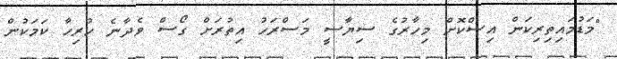
"މަޑުމައިތިރިކަން އިސްކޮށް މިހާރުގެ ސިޔާސީ މަސްރަހު އިތުރަށް ގޯސް ވެދާނެ ހުރިހާ ކަމަކުން